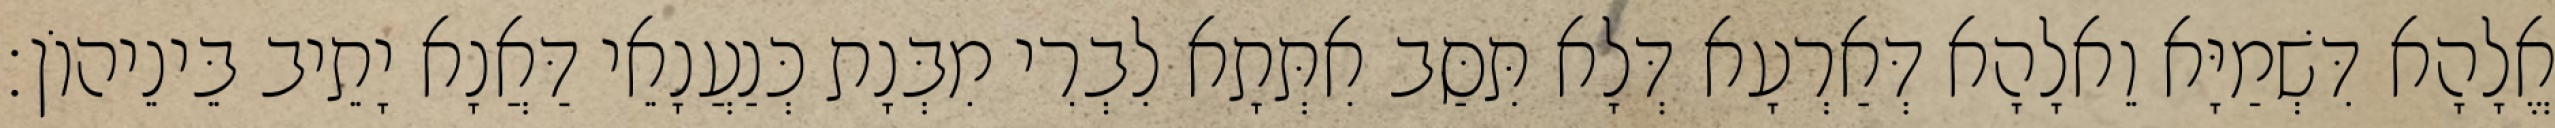
אֱלָהָא דִּשְׁמַיָּא וֵאלָהָא דְּאַרְעָא דְּלָא תִּסַּב אִתְּתָא לִבְרִי מִבְּנָת כְּנַעֲנָאֵי דַּאֲנָא יָתֵיב בֵּינֵיהוֹן׃